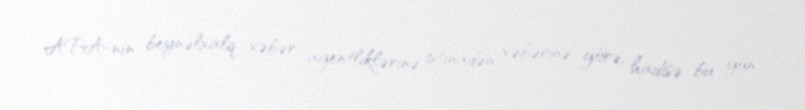
APA-nın beynəlxalq xəbər agentliklərinə istinadən xəbərinə görə, hadisə bu gün